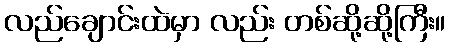
လည်ချောင်းထဲမှာ လည်း တစ်ဆို့ဆို့ကြီး။